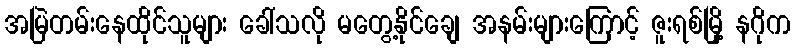
အမြဲတမ်းနေထိုင်သူများ ခေါ်သလို မတွေ့နိုင်ချေ အနမ်းများကြောင့် ဇူးရစ်မြို့ နဂိုက